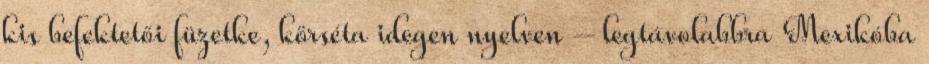
kis befektetői füzetke, körséta idegen nyelven – legtávolabbra Mexikóba